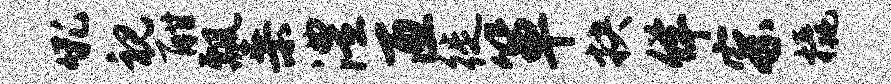
吼视酣瓢桑澧匝徙箪抉佯察橇